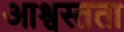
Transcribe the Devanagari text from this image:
आश्वस्तता